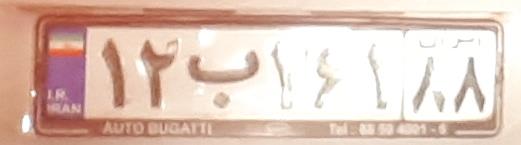
۱۲ب۲۶۱۸۸